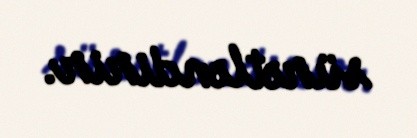
sürətləndirir.